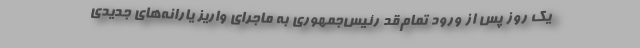
یک روز پس از ورود تمام‌قد رئیس‌جمهوری به ماجرای واریز یارانه‌های جدیدی